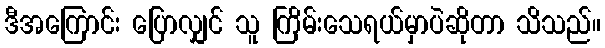
ဒီအကြောင်း ပြောလျှင် သူ ကြိမ်းသေရယ်မှာပဲဆိုတာ သိသည်။